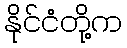
နိုင်ငံတို့က